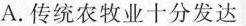
A. 传统农牧业十分发达